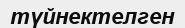
түйнектелген